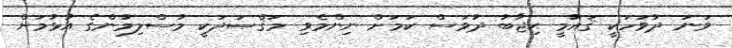
ވަނަ ދުވަހަކީ ޤައުމީ ޙިޖާބު ދުވަސް ކަމަށް ނިންމެވި މަޤްޞަދަކީ މުސްލިމުންގެ އުޅުމަށް